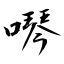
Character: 噖